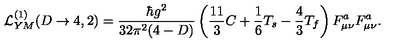
{ \cal L } _ { Y M } ^ { ( 1 ) } ( D \rightarrow 4 , 2 ) = \frac { \hbar g ^ { 2 } } { 3 2 \pi ^ { 2 } ( 4 - D ) } \left( \frac { 1 1 } { 3 } C + \frac { 1 } { 6 } T _ { s } - \frac { 4 } { 3 } T _ { f } \right) F _ { \mu \nu } ^ { a } F _ { \mu \nu } ^ { a } .